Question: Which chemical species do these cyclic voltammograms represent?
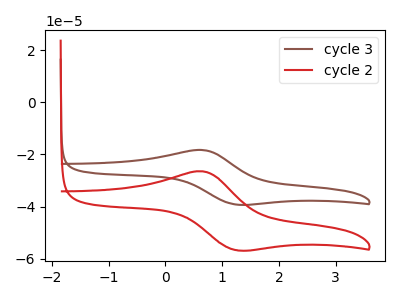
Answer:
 <answer>The brown curve is labeled "cycle 3". The red curve is labeled "cycle 2".</answer>
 <eval></eval>